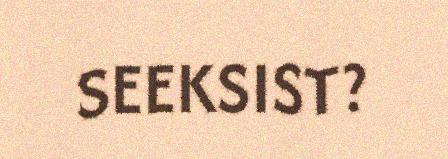
SEEKSIST?